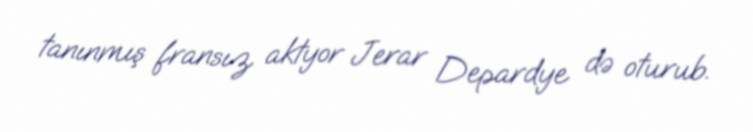
tanınmış fransız aktyor Jerar Depardye də oturub.